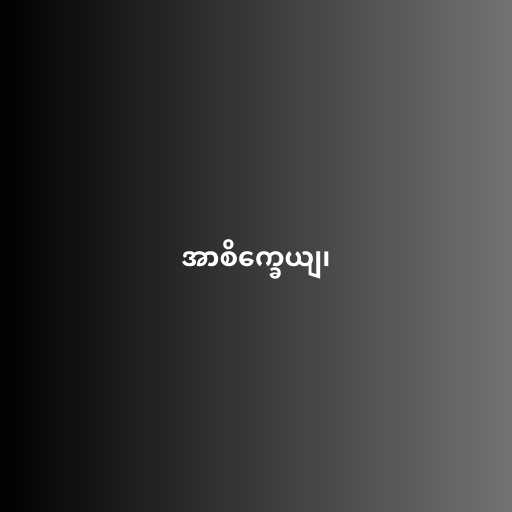
အာစိက္ခေယျ၊